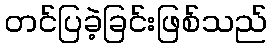
တင်ပြခဲ့ခြင်းဖြစ်သည်